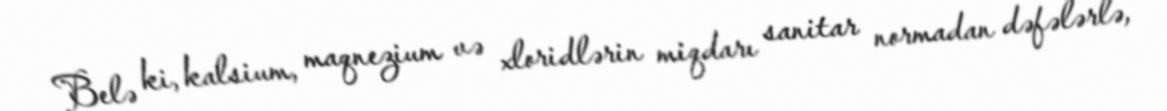
Belə ki, kalsium, maqnezium və xloridlərin miqdarı sanitar normadan dəfələrlə,